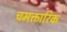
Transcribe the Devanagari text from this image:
चमक्तारिक